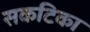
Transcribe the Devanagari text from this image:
सकटिका